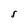
Character: S